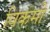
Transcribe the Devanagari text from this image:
विकमी